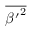
\overline { { { \beta ^ { \prime } } ^ { 2 } } }